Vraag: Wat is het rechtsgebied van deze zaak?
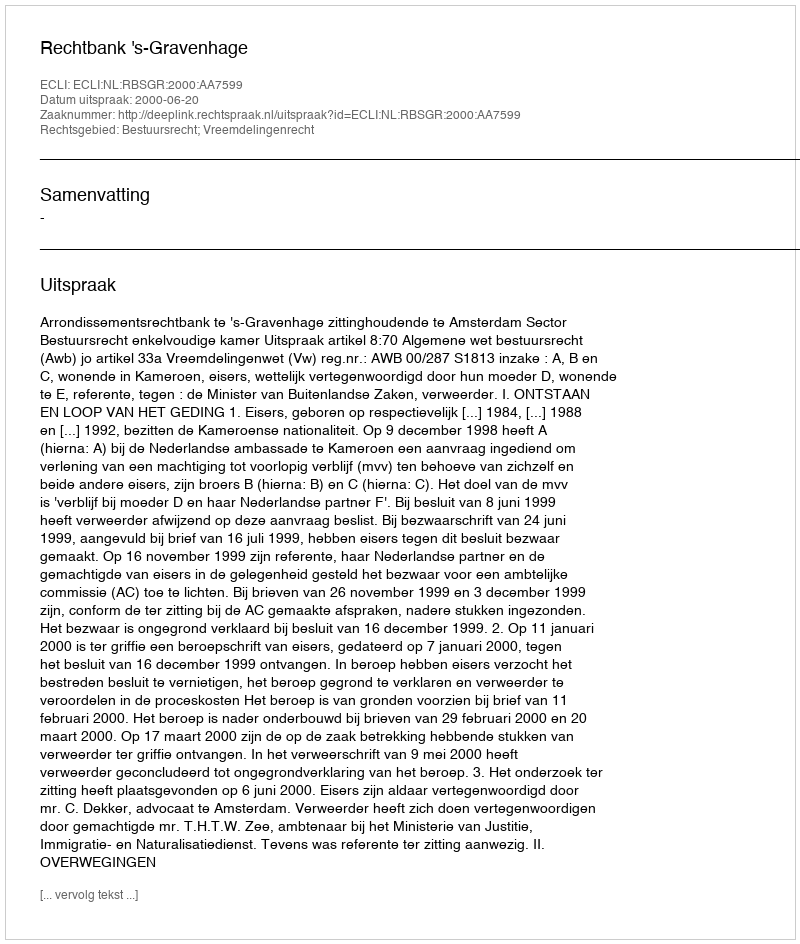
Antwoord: Bestuursrecht; Vreemdelingenrecht